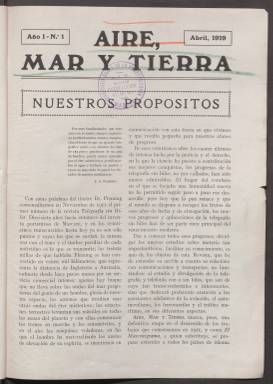
Título: Aire, mar y tierra
Colección: Comunicaciones
Ámbito geográfico: Madrid
Lugar de publicación: Madrid
Fechas: 01/04/1919-31/12/1919